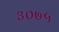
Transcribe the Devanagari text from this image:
३०७५